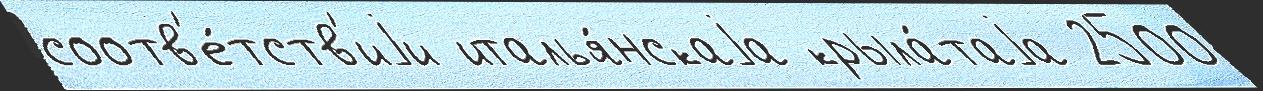
соотв'е́тств'иjи италья́нскаjа крыла́таjа 2500